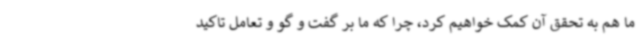
ما هم به تحقق آن کمک خواهیم کرد، چرا که ما بر گفت و گو و تعامل تاکید